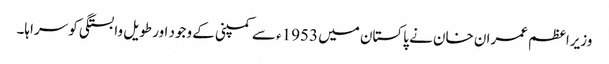
وزیراعظم عمران خان نے پاکستان میں 1953ء سے کمپنی کے وجود اور طویل وابستگی کو سراہا۔